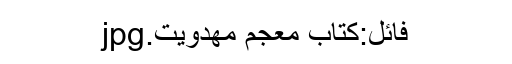
فائل:کتاب معجم مهدویت.jpg